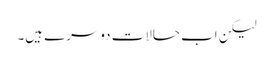
لیکن اب حالات دوسرے ہیں۔